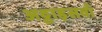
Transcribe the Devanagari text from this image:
अठ्ठाइसवाँ